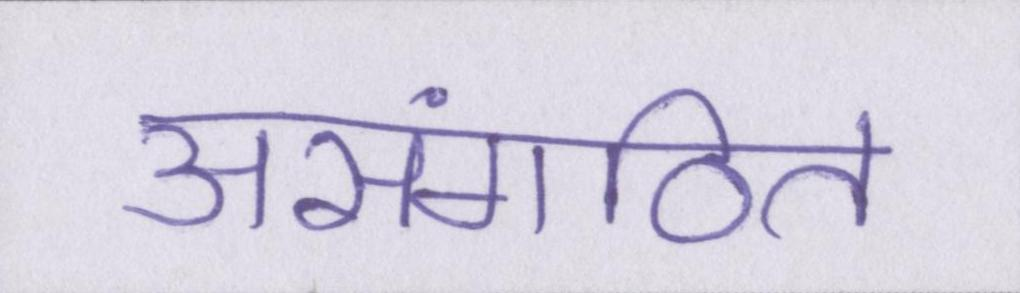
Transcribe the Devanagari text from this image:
असंगठित